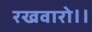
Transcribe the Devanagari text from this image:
रखवारो।।